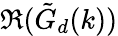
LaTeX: \Re(\tilde{G}_{d}(k))